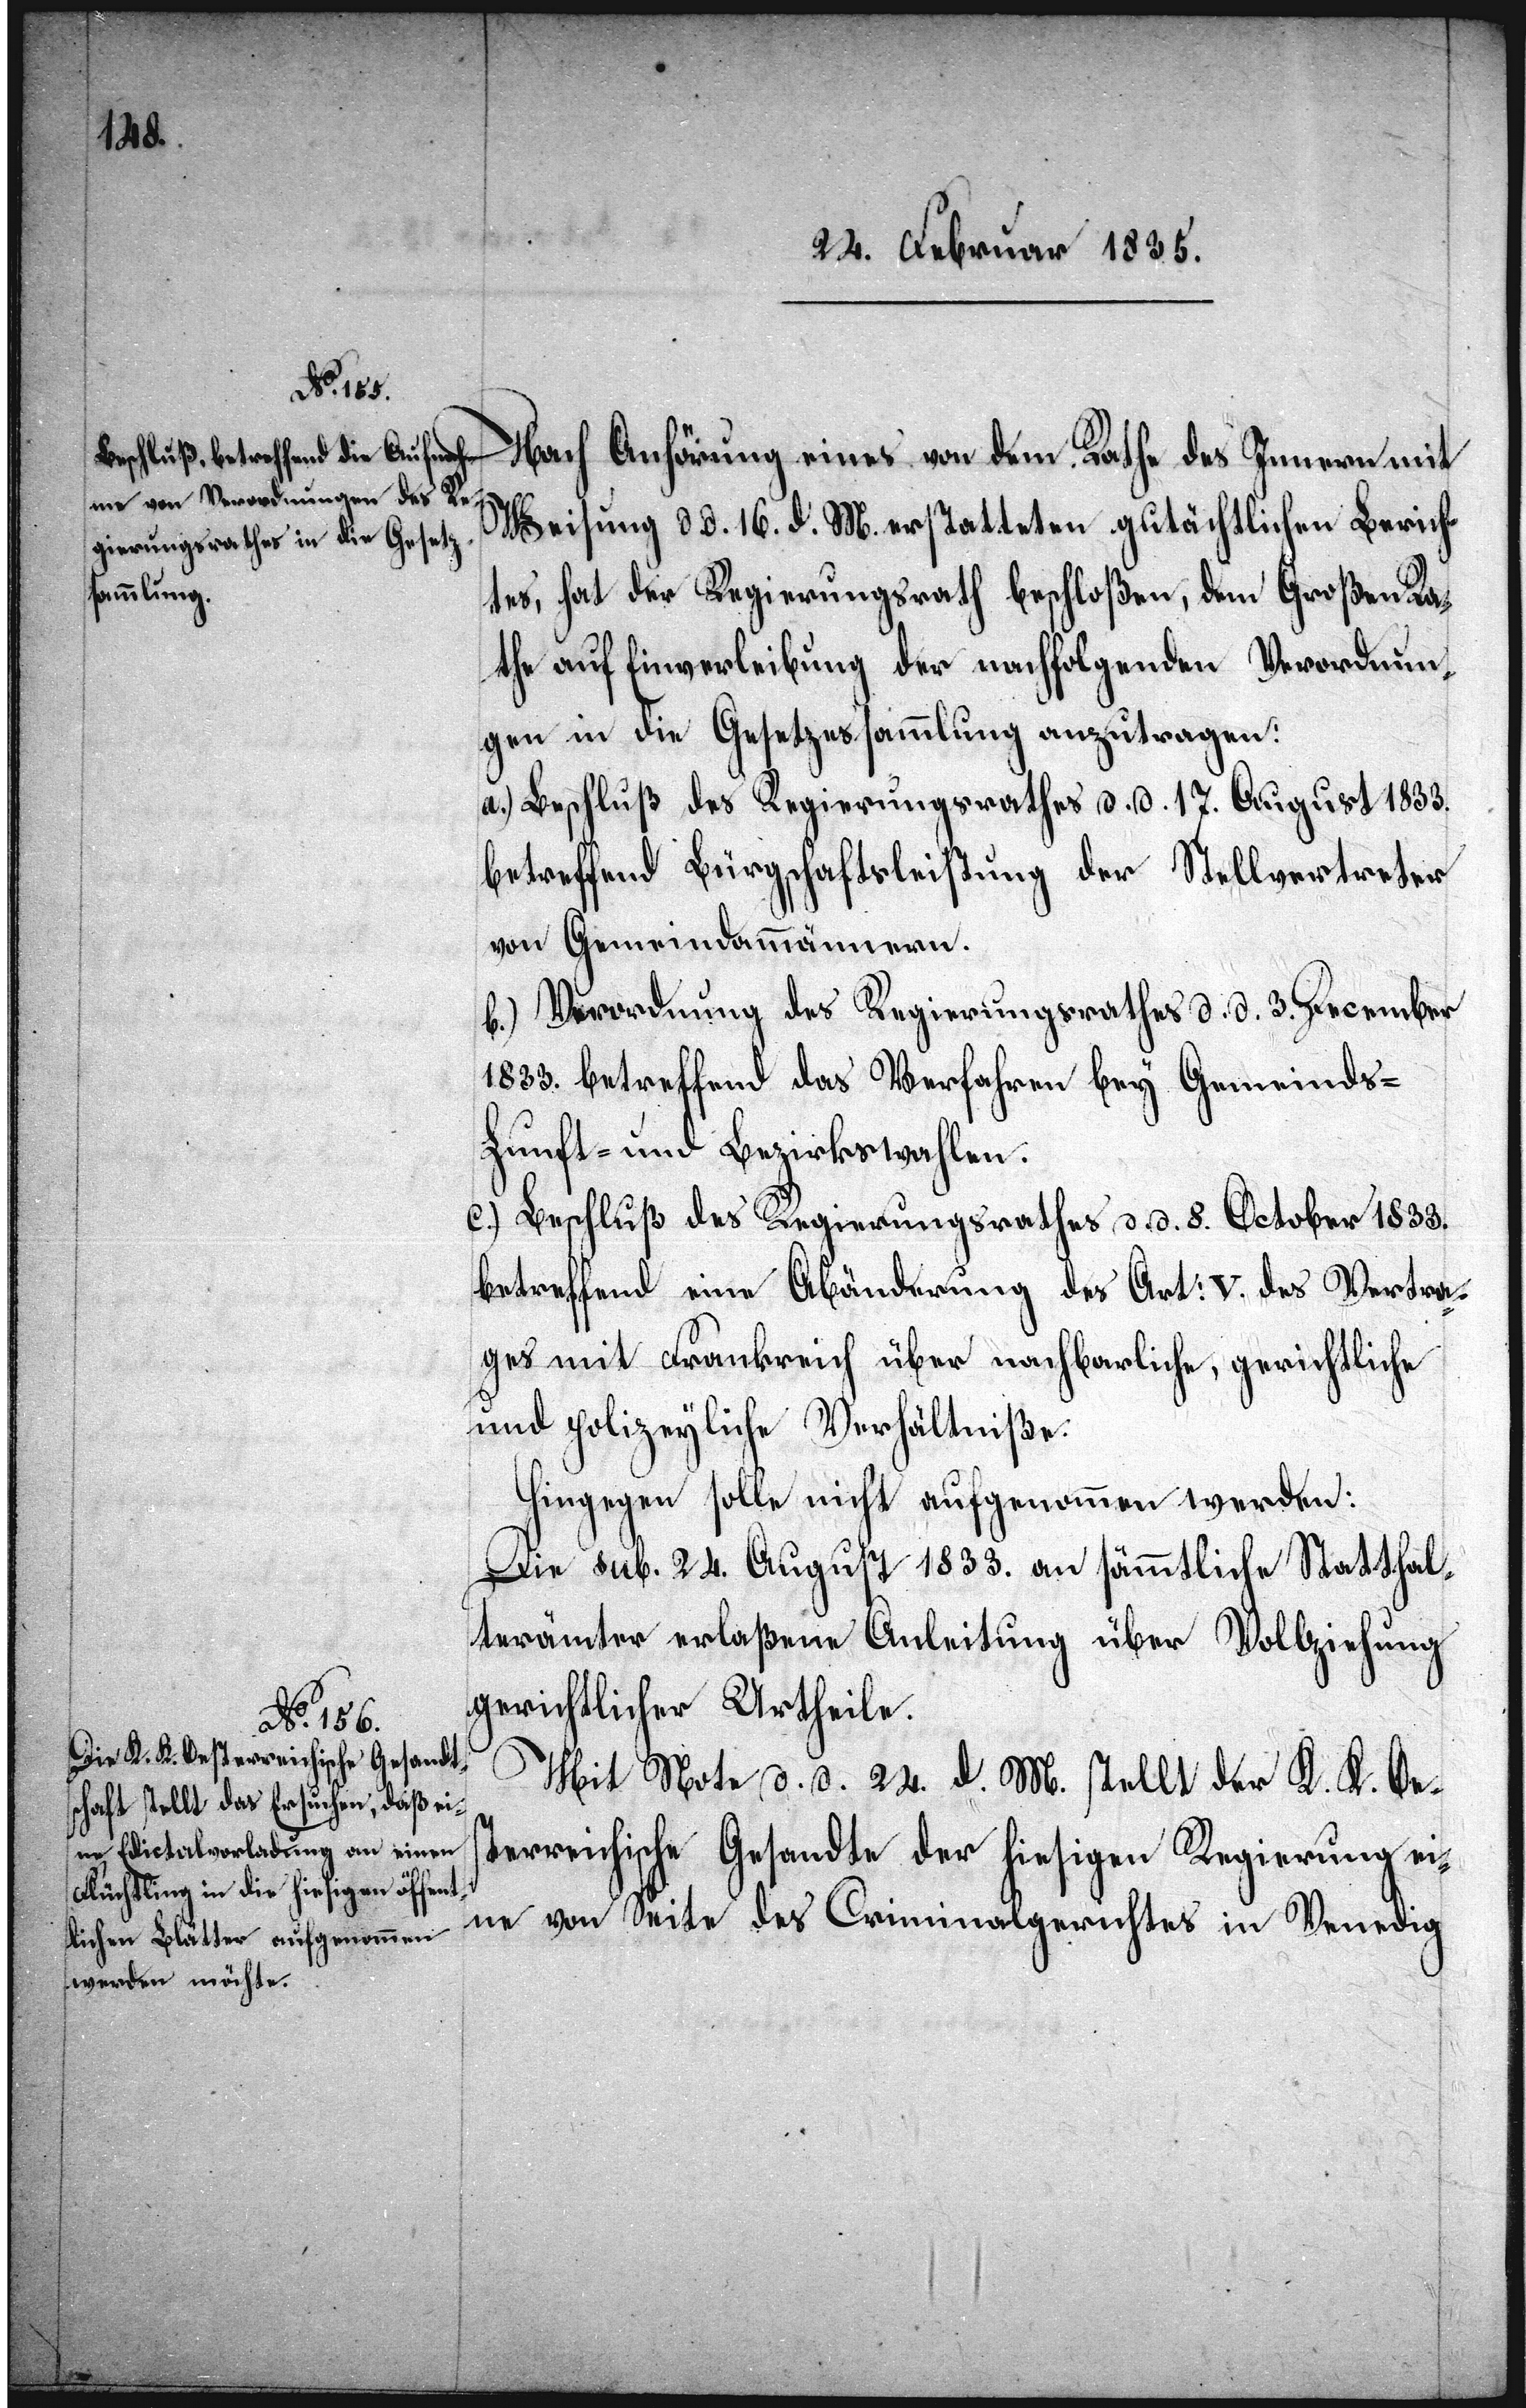
Nach Anhörung eines von dem Rathe des Innern mit
Weisung d. d. 16. d. M. erstatteten gutächtlichen Berich¬
tes, hat der Regierungsrath beschloßen, dem Großen Ra¬
the auf Einverleibung der nachfolgenden Verordnun¬
gen in die Gesetzessammlung anzutragen:
a.) Beschluß des Regierungsrathes d. d. 17. August 1833.
betreffend Bürgschaftsleistung der Stellvertreter
von Gemeindammännern.
b.) Verordnung des Regierungsrathes d. d. 3. December
1833. betreffend das Verfahren bey Gemeinds-[,]
Zunft- und Bezirkswahlen.
c.) Beschluß des Regierungsrathes d. d. 8. October 1833.
betreffend eine Abänderung des Art: V. des Vertra¬
ges mit Frankreich über nachbarliche, gerichtliche
und polizeyliche Verhältniße.
Hingegen solle nicht aufgenommen werden:
Die sub. 24. August 1833. an sämmtliche Statthal¬
terämter erlaßene Anleitung über Vollziehung
gerichtlicher Urtheile.
Mit Note d. d. 24. d. M. stellt der K. K. Oes¬
terreichische Gesandte der hiesigen Regierung eine